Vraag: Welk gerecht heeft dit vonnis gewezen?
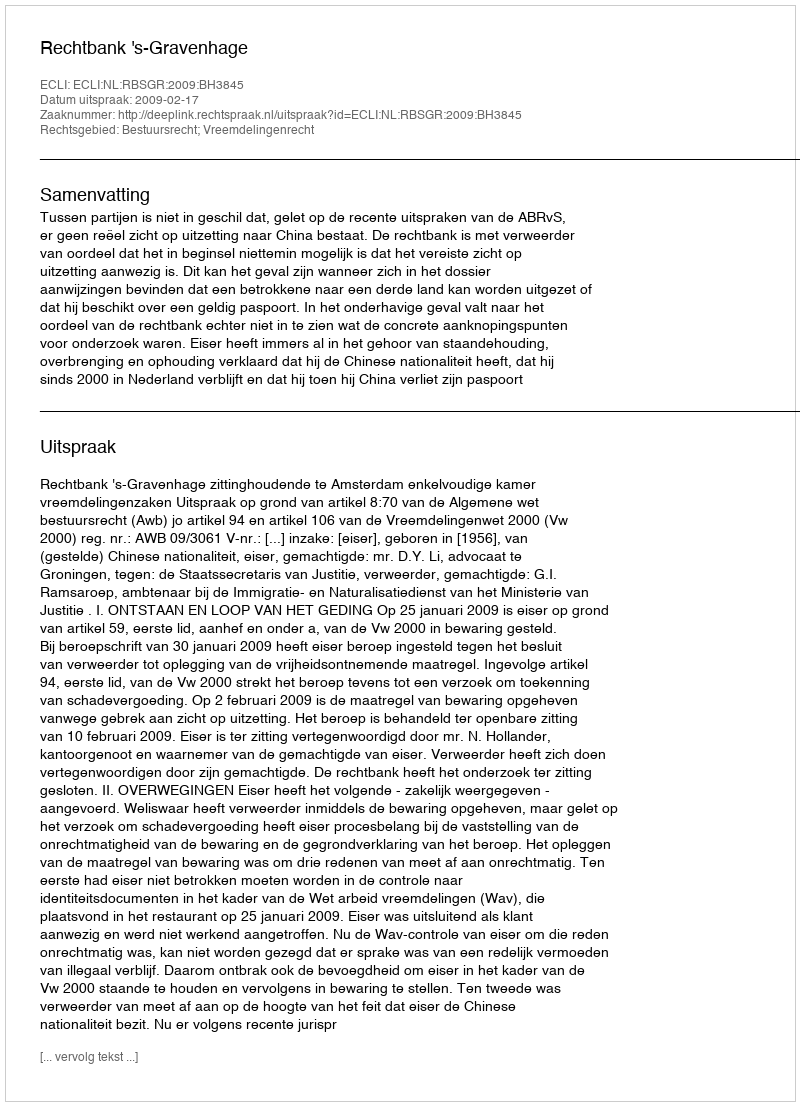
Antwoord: Rechtbank 's-Gravenhage